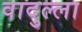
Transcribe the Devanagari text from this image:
वादुल्ला